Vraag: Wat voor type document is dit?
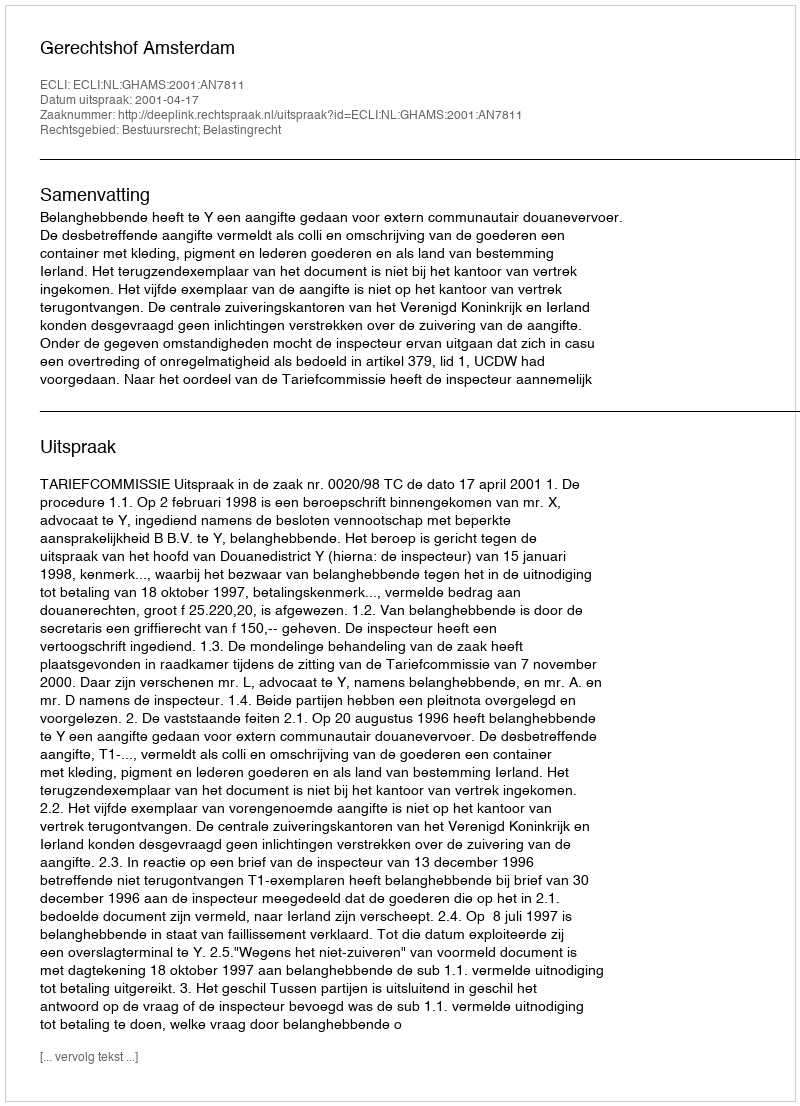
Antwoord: Uitspraak